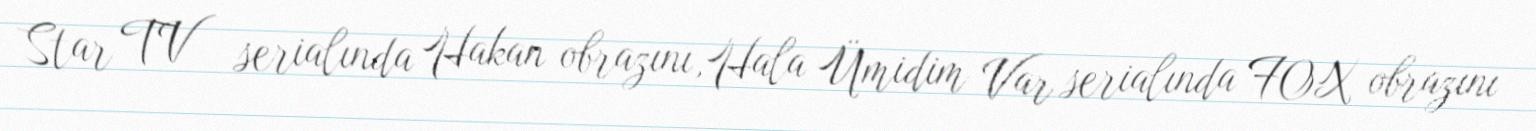
Star TV serialında Hakan obrazını,Hala Ümidim Var serialında FOX obrazını